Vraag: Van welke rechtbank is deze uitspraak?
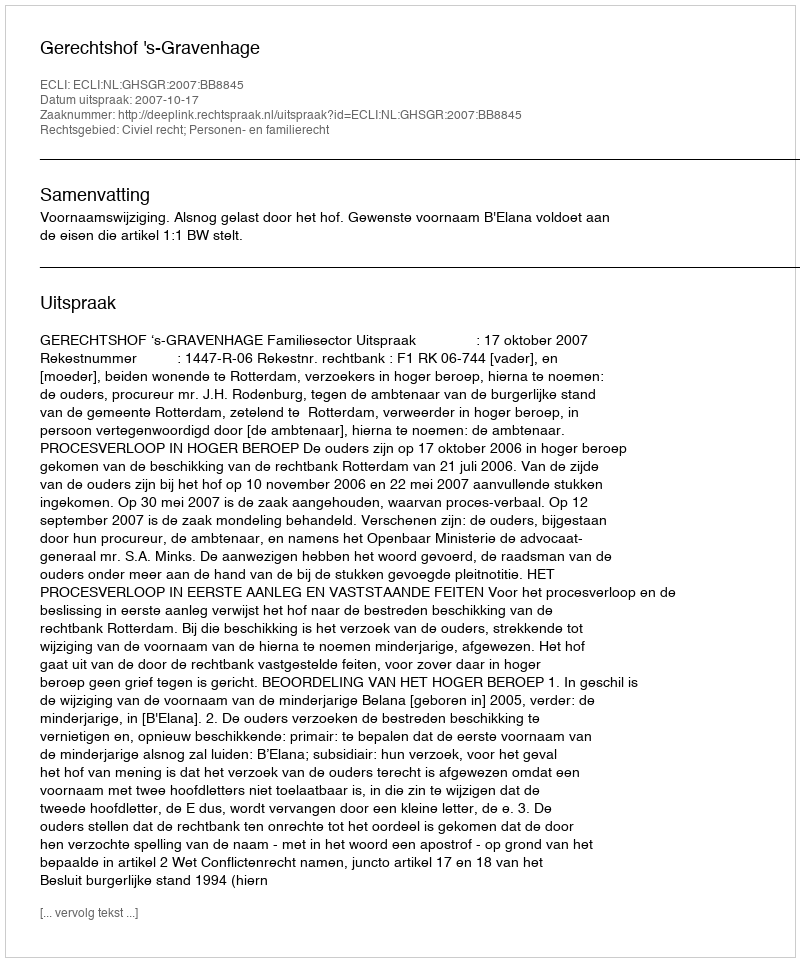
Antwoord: Gerechtshof 's-Gravenhage